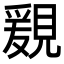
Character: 𧡩